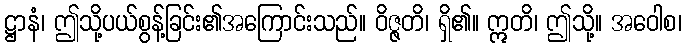
ဋ္ဌာနံ၊ ဤသို့ပယ်စွန့်ခြင်း၏အကြောင်းသည်။ ဝိဇ္ဇတိ၊ ရှိ၏။ ဣတိ၊ ဤသို့။ အဝေါစ၊